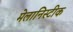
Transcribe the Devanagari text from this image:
मेलानिस्टीक